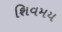
શિવમય